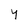
Character: Y